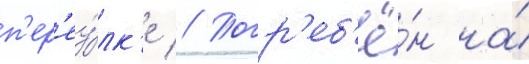
п'ер'еу́лк'е // Погр'еб'ё́н на́